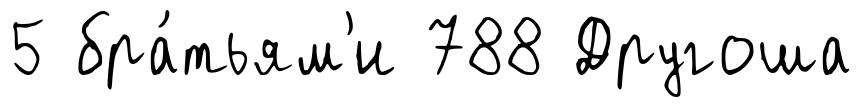
5 бра́тьям'и 788 Другоша